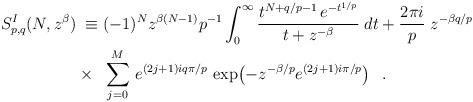
LaTeX: \begin{align*}S^{I}_{p,q}(N,z^{\beta}) & \;\equiv (-1)^N z^{\beta(N-1)} p^{-1} \int_{0}^{\infty} \frac{t^{N+q/p-1}\, e^{-t^{1/p}}}{t+z^{-\beta}} \; dt+ \frac{2 \pi i}{p}\; z^{-\beta q/p}\\& \times \;\; \sum_{j=0}^{M}\,e^{(2j+1)i q \pi /p}\, \exp \!\left( -z^{-\beta/p} e^{(2j+1)i \pi/p} \right) \;\;. \end{align*}